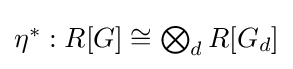
{\textstyle \eta ^{*}:R[G]\cong \bigotimes _{d}R[G_{d}]}